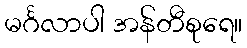
မင်္ဂလာပါ အန်တီစုရေ။